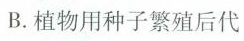
B. 植物用种子繁殖后代